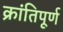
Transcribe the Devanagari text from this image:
क्रांतिपूर्ण